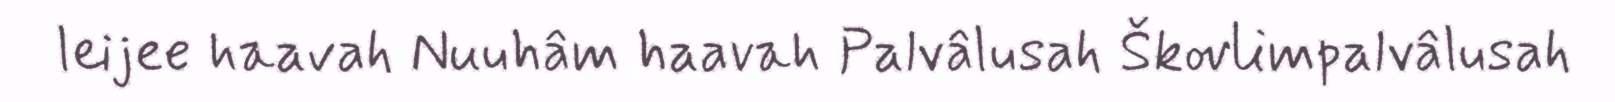
leijee haavah Nuuhâm haavah Palvâlusah Škovlimpalvâlusah